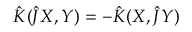
\hat { K } ( \hat { J } X , Y ) = - \hat { K } ( X , \hat { J } Y )